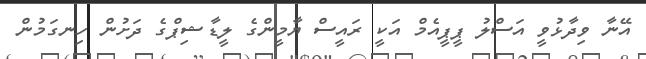
އޭނާ ވިދާޅުވީ އަސްލު ޕީޕީއެމް އަކީ ރައީސް ޔާމީންގެ ލީޑާޝިޕްގެ ދަށުން ހިނގަމުން